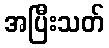
အပြီးသတ်